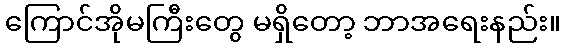
ကြောင်အိုမကြီးတွေ မရှိတော့ ဘာအရေးနည်း။